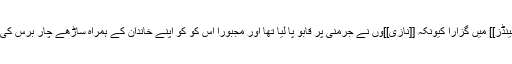
زیادہ تر وقت [[ایمسٹرڈم]]، [[نیدرلینڈز]] میں گزارا کیونکہ [[نازی]]وں نے جرمنی پر قابو پا لیا تھا اور مجبوراً اس کو کو اپنے خاندان کے ہمراہ ساڑھے چار برس کی عمعمر میں نیدرلینڈز جانا پڑ گیا۔